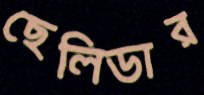
ছেলিডার